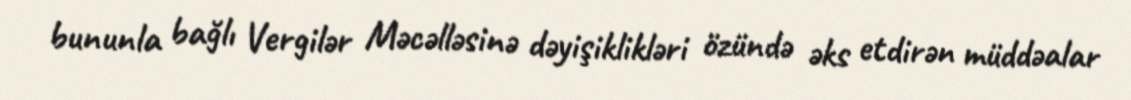
bununla bağlı Vergilər Məcəlləsinə dəyişiklikləri özündə əks etdirən müddəalar